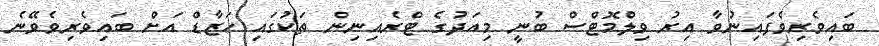
ބައިވެރިވެފައިނުވާ އިރު ވިލްމޮޓްސް ބުނީ މިއަދުގެ ޓްރެއިނިން ތަކުގައި ހަޒާޑް އަށް ބައިވެރިވެވޭނެ